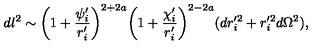
d l ^ { 2 } \sim \biggl ( 1 + \frac { \psi _ { i } ^ { \prime } } { r _ { i } ^ { \prime } } \biggr ) ^ { 2 + 2 a } \biggl ( 1 + \frac { \chi _ { i } ^ { \prime } } { r _ { i } ^ { \prime } } \biggr ) ^ { 2 - 2 a } ( d r _ { i } ^ { \prime 2 } + r _ { i } ^ { \prime 2 } d \Omega ^ { 2 } ) ,